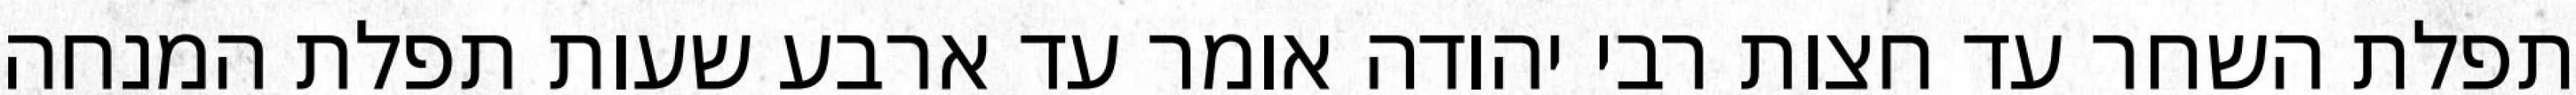
תפלת השחר עד חצות רבי יהודה אומר עד ארבע שעות תפלת המנחה